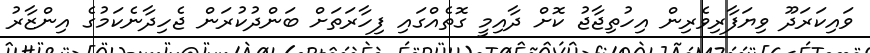
ވައިކަރަދޫ ވިޔަފާރިވެރިން އިހުތިޖާޖު ކޮށް ދާއިމީ ގޮތެއްގައި ފިހާރަތަށް ބަންދުކުރަން ޖެހިދާނެކަމުގެ އިންޒާރު